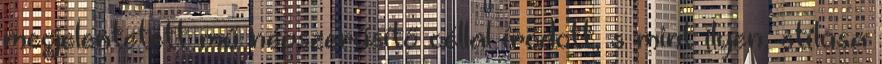
megjelentetett mű népszerűsítő céllal íródott, s mint ilyen, stílusa